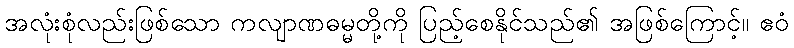
အလုံးစုံလည်းဖြစ်သော ကလျာဏဓမ္မတို့ကို ပြည့်စေနိုင်သည်၏ အဖြစ်ကြောင့်။ ဧဝံ